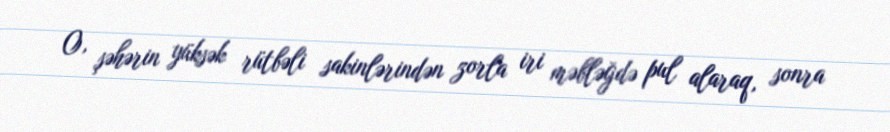
O, şəhərin yüksək rütbəli sakinlərindən zorla iri məbləğdə pul alaraq, sonra